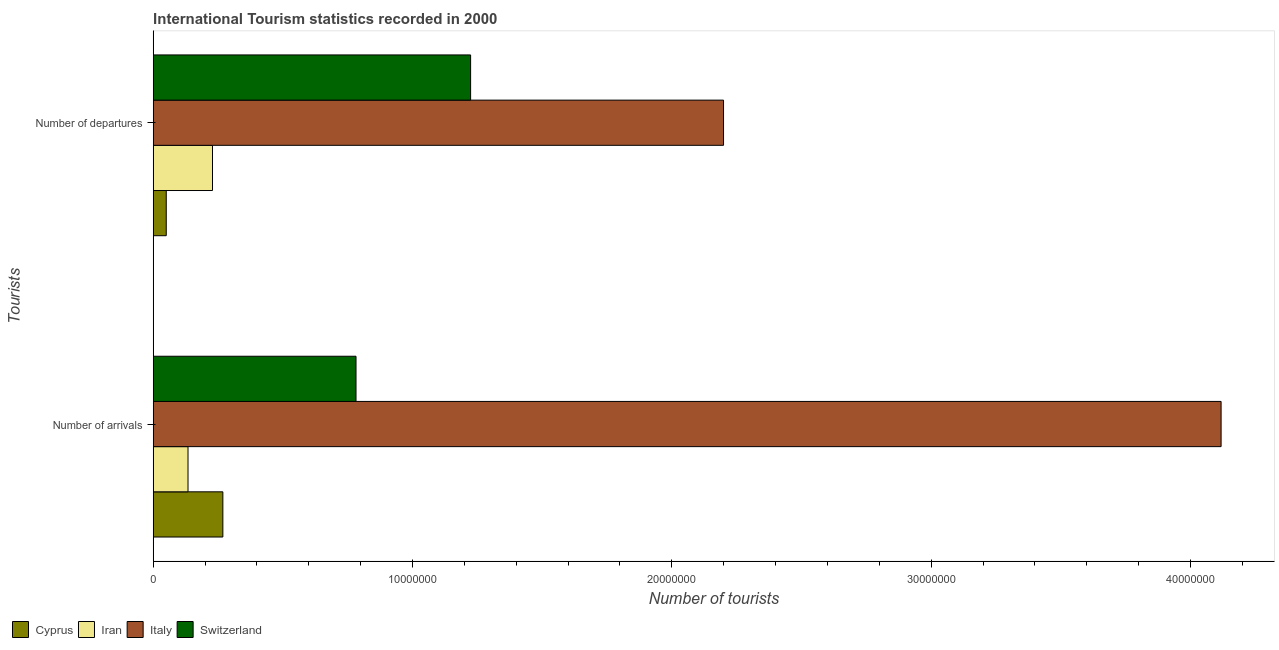
| Tourists | Cyprus | Iran | Italy | Switzerland |
 | --- | --- | --- | --- | --- |
 | Number of arrivals | 2.69e+06 | 1.34e+06 | 4.12e+07 | 7.82e+06 |
 | Number of departures | 5.03e+05 | 2.29e+06 | 2.2e+07 | 1.22e+07 |